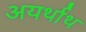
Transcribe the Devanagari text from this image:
अयर्थाथ